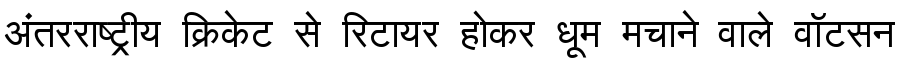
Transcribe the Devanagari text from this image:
अंतरराष्ट्रीय क्रिकेट से रिटायर होकर धूम मचाने वाले वॉटसन